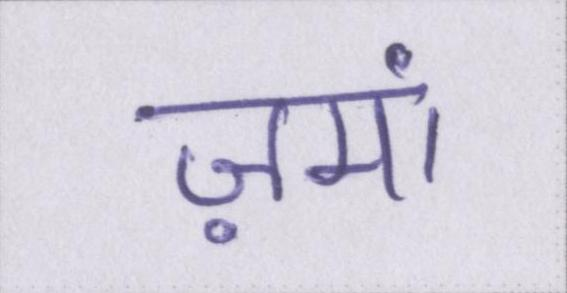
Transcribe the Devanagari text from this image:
ज़मां